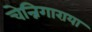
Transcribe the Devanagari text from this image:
चेन्निगाराया